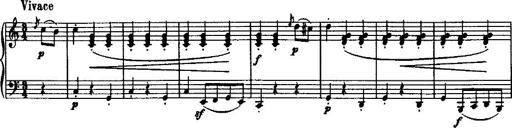
Title: Variation Ã¼ber einen Walzer von Diabelli
Composer: Franz Liszt